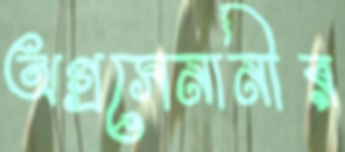
অগ্রসেনানীর